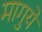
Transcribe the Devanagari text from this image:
मागुये